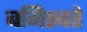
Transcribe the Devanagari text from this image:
बनिस्बते